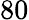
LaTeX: \mathrm{80}